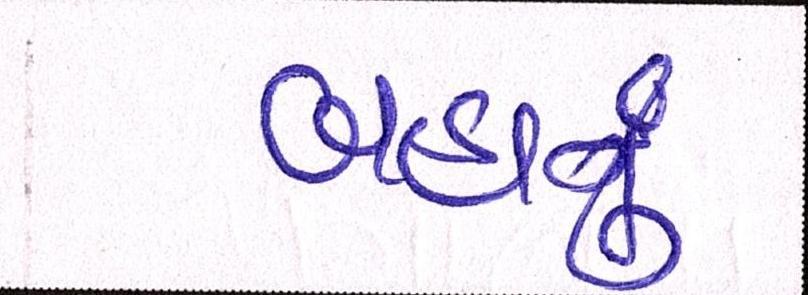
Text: બહાનું